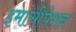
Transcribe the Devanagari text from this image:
इमांसीपेशन